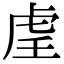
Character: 𫊟